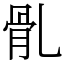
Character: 䯆